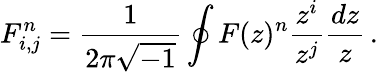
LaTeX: F_{i,j}^{n}=\frac{1}{2\pi\sqrt{-1}}\oint F(z)^{n}\frac{z^{i}}{z^{j}}\frac{dz}{z}\, .